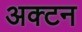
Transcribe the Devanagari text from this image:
अक्टन